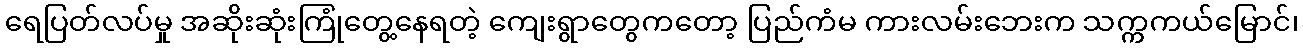
ရေပြတ်လပ်မှု အဆိုးဆုံးကြုံတွေ့နေရတဲ့ ကျေးရွာတွေကတော့ ပြည်ကံမ ကားလမ်းဘေးက သက္ကကယ်မြောင်၊